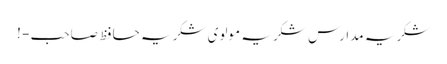
شکریہ مدارس شکریہ مولوی شکریہ حافظ صاحب - !